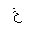
Letter: _kha